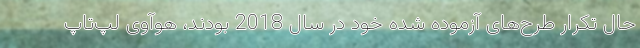
حال تکرار طرح‌های آزموده شده خود در سال 2018 بودند، هوآوی لپ‌تاپ